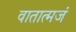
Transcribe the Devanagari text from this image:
वातात्मजं